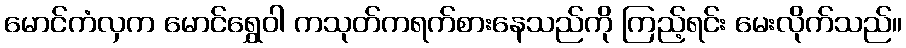
မောင်ကံလှက မောင်ရွှေဝါ ကသုတ်ကရက်စားနေသည်ကို ကြည့်ရင်း မေးလိုက်သည်။